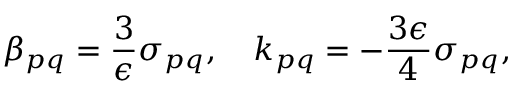
\beta _ { p q } = \frac { 3 } { \epsilon } \sigma _ { p q } , \quad k _ { p q } = - \frac { 3 \epsilon } { 4 } \sigma _ { p q } ,